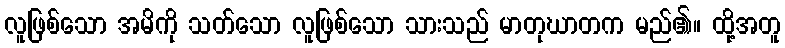
လူဖြစ်သော အမိကို သတ်သော လူဖြစ်သော သားသည် မာတုဃာတက မည်၏။ ထို့အတူ